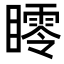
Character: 𥋞